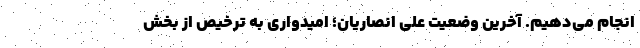
انجام می‌دهیم. آخرین وضعیت علی انصاریان؛ امیدواری به ترخیص از بخش